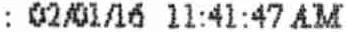
: 02/01/16 11:41:47 AM